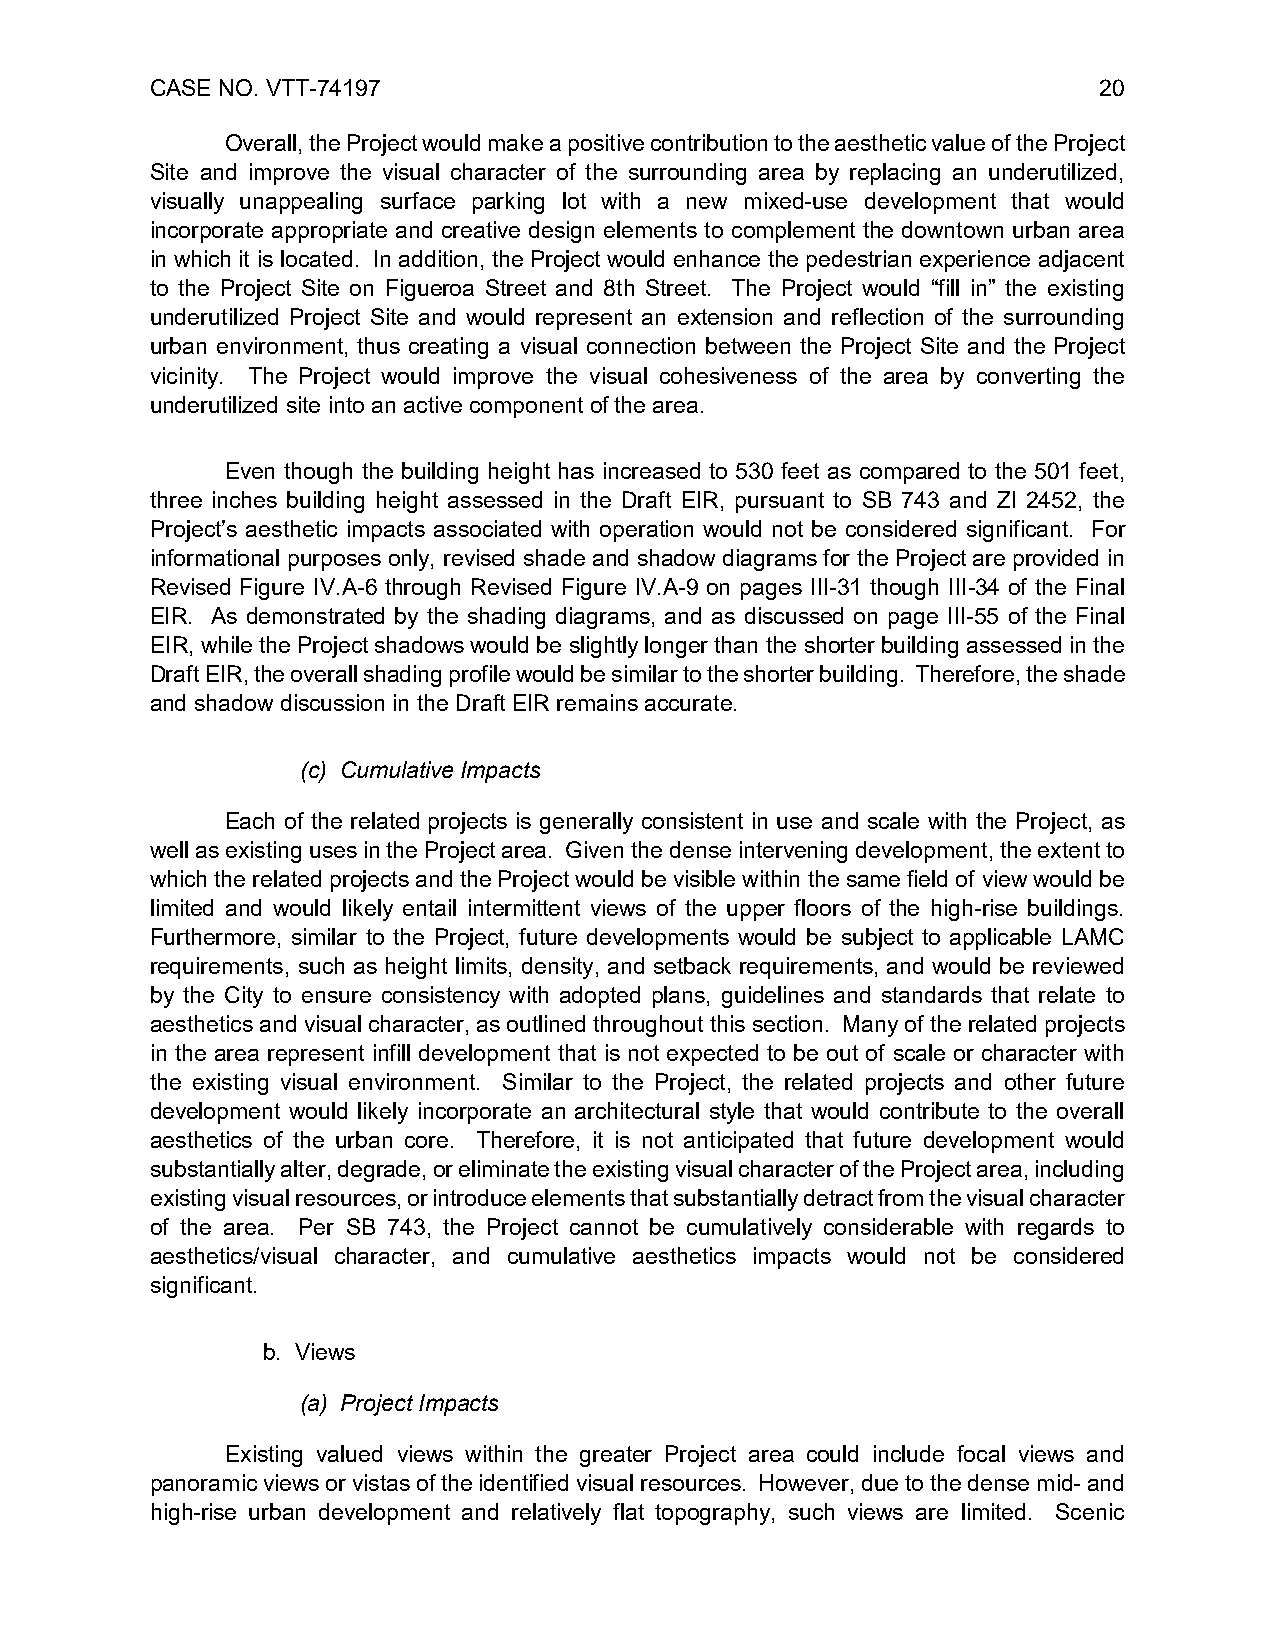
CASE NO. VTT-74197                                             20
 Overall, the Project would make a positive contribution to the aesthetic value of the Project
 Site and improve the visual character of the surrounding area by replacing an underutilized,
 visually unappealing surface parking lot with a new mixed-use development that would
 incorporate appropriate and creative design elements to complement the downtown urban area
 in which it is located. In addition, the Project would enhance the pedestrian experience adjacent
 to the Project Site on Figueroa Street and 8th Street. The Project would “fill in” the existing
 underutilized Project Site and would represent an extension and reflection of the surrounding
 urban environment, thus creating a visual connection between the Project Site and the Project
 vicinity. The Project would improve the visual cohesiveness of the area by converting the
 underutilized site into an active component of the area.
 Even though the building height has increased to 530 feet as compared to the 501 feet,
 three inches building height assessed in the Draft EIR, pursuant to SB 743 and ZI 2452, the
 Project’s aesthetic impacts associated with operation would not be considered significant. For
 informational purposes only, revised shade and shadow diagrams for the Project are provided in
 Revised Figure IV.A-6 through Revised Figure IV.A-9 on pages III-31 though III-34 of the Final
 EIR. As demonstrated by the shading diagrams, and as discussed on page III-55 of the Final
 EIR, while the Project shadows would be slightly longer than the shorter building assessed in the
 Draft EIR, the overall shading profile would be similar to the shorter building. Therefore, the shade
 and shadow discussion in the Draft EIR remains accurate.
 (c) Cumulative Impacts
 Each of the related projects is generally consistent in use and scale with the Project, as
 well as existing uses in the Project area. Given the dense intervening development, the extent to
 which the related projects and the Project would be visible within the same field of view would be
 limited and would likely entail intermittent views of the upper floors of the high-rise buildings.
 Furthermore, similar to the Project, future developments would be subject to applicable LAMC
 requirements, such as height limits, density, and setback requirements, and would be reviewed
 by the City to ensure consistency with adopted plans, guidelines and standards that relate to
 aesthetics and visual character, as outlined throughout this section. Many of the related projects
 in the area represent infill development that is not expected to be out of scale or character with
 the existing visual environment. Similar to the Project, the related projects and other future
 development would likely incorporate an architectural style that would contribute to the overall
 aesthetics of the urban core. Therefore, it is not anticipated that future development would
 substantially alter, degrade, or eliminate the existing visual character of the Project area, including
 existing visual resources, or introduce elements that substantially detract from the visual character
 of the area. Per SB 743, the Project cannot be cumulatively considerable with regards to
 aesthetics/visual character, and cumulative aesthetics impacts would not be considered
 significant.
 b. Views
 (a) Project Impacts
 Existing valued views within the greater Project area could include focal views and
 panoramic views or vistas of the identified visual resources. However, due to the dense mid- and
 high-rise urban development and relatively flat topography, such views are limited. Scenic